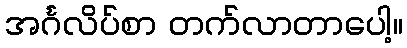
အင်္ဂလိပ်စာ တက်လာတာပေါ့။